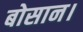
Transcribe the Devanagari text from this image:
बोसान।